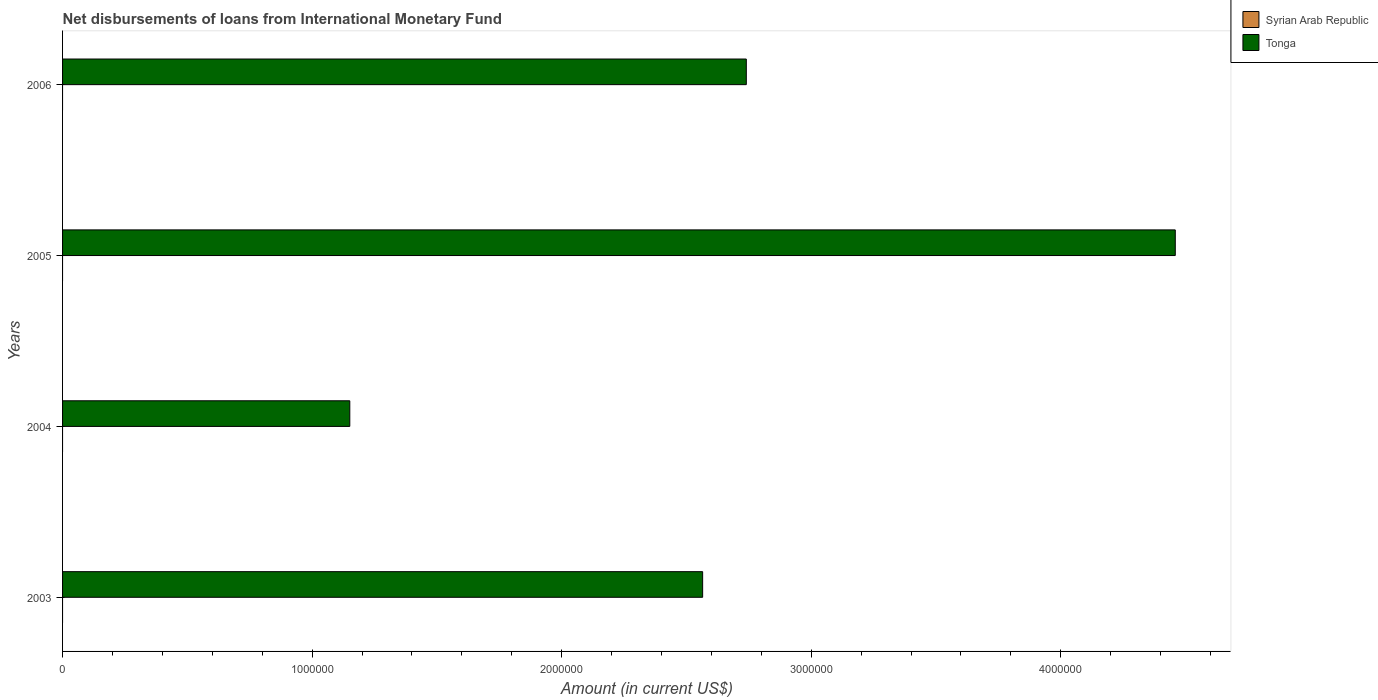
| Years | Syrian Arab Republic | Tonga |
 | --- | --- | --- |
 | 2003 | -1.46e+06 | 2.56e+06 |
 | 2004 | -1.46e+06 | 1.15e+06 |
 | 2005 | -1.46e+06 | 4.46e+06 |
 | 2006 | -1.46e+06 | 2.74e+06 |